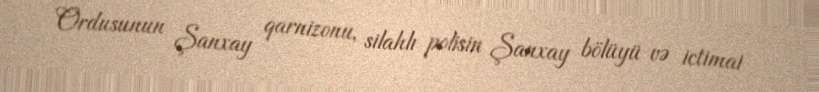
Ordusunun Şanxay qarnizonu, silahlı polisin Şanxay bölüyü və ictimai